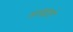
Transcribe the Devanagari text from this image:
मसझते